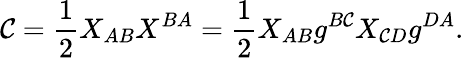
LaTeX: \mathcal{C}={\frac{{1}}{{2}}}X_{AB}X^{BA}={\frac{{1}}{{2}}}X_{AB}g^{B\mathcal{C}}X_{\mathcal{C}D}g^{DA}.